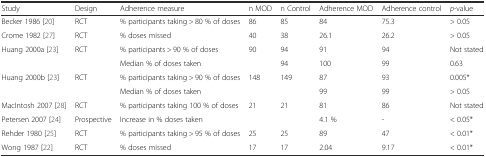
<table><thead><tr><td><b>Study</b></td><td><b>Design</b></td><td><b>Adherence measure</b></td><td><b>n MOD</b></td><td><b>n Control</b></td><td><b>Adherence MOD</b></td><td><b>Adherence control</b></td><td><b><i>p</i>-value</b></td></tr></thead><tbody><tr><td>Becker 1986 [20]</td><td>RCT</td><td>% participants taking &gt; 80 % of doses</td><td>86</td><td>85</td><td>84</td><td>75.3</td><td>&gt; 0.05</td></tr><tr><td>Crome 1982 [27]</td><td>RCT</td><td>% doses missed</td><td>40</td><td>38</td><td>26.1</td><td>26.2</td><td>&gt; 0.05</td></tr><tr><td rowspan="2">Huang 2000a [23]</td><td rowspan="2">RCT</td><td>% participants &gt; 90 % of doses</td><td>90</td><td>94</td><td>91</td><td>94</td><td>Not stated</td></tr><tr><td>Median % of doses taken</td><td></td><td>94</td><td>100</td><td>99</td><td>0.63</td></tr><tr><td rowspan="2">Huang 2000b [23]</td><td rowspan="2">RCT</td><td>% participants taking &gt; 90 % of doses</td><td>148</td><td>149</td><td>87</td><td>93</td><td>0.005*</td></tr><tr><td>Median % of doses taken</td><td></td><td></td><td>99</td><td>99</td><td>&gt; 0.05</td></tr><tr><td>MacIntosh 2007 [28]</td><td>RCT</td><td>% participants taking 100 % of doses</td><td>21</td><td>21</td><td>81</td><td>86</td><td>Not stated</td></tr><tr><td>Petersen 2007 [24]</td><td>Prospective</td><td>Increase in % doses taken</td><td></td><td></td><td>4.1 %</td><td>-</td><td>&lt; 0.05*</td></tr><tr><td>Rehder 1980 [25]</td><td>RCT</td><td>% participants taking &gt; 95 % of doses</td><td>25</td><td>25</td><td>89</td><td>47</td><td>&lt; 0.01*</td></tr><tr><td>Wong 1987 [22]</td><td>RCT</td><td>% doses missed</td><td>17</td><td>17</td><td>2.04</td><td>9.17</td><td>&lt; 0.01*</td></tr></tbody></table>